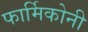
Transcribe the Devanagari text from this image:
फार्मिकोनी